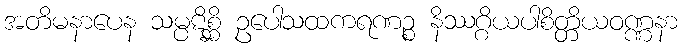
အတိမနာပေန သမ္ပဋိစ္ဆိ ဥပေါသထကရဏဉ္စ နိဿဂ္ဂိယပါစိတ္တိယဝဏ္ဏနာ